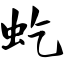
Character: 虼